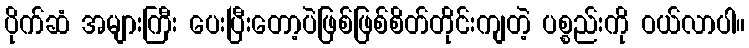
ပိုက်ဆံ အများကြီး ပေးပြီးတော့ပဲဖြစ်ဖြစ်စိတ်တိုင်းကျတဲ့ ပစ္စည်းကို ဝယ်လာပါ။